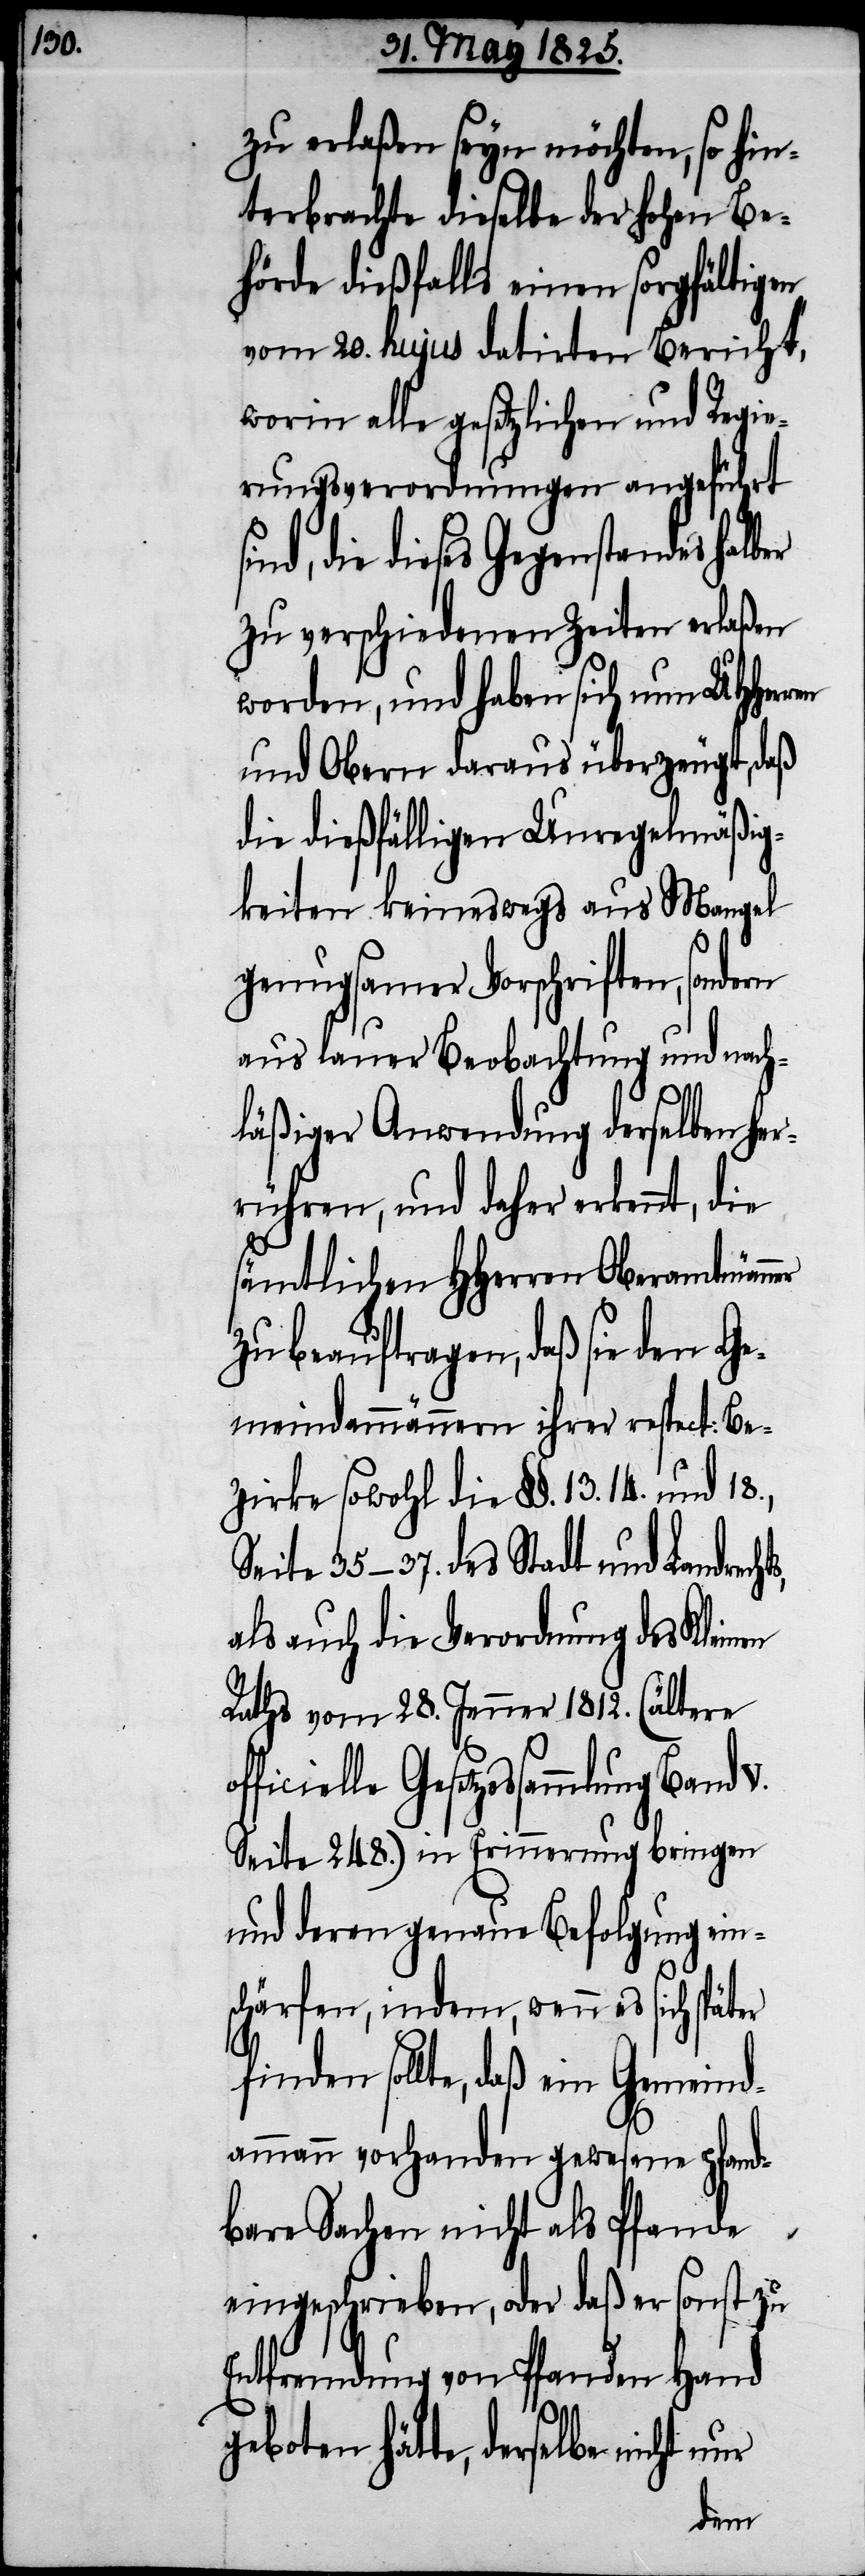
zu erlaßen seyn möchten, so hin¬
terbrachte dieselbe der hohen Be¬
hörde dießfalls einen sorgfältigen
vom 20. hujus datirten Bericht,
worin alle gesetzlichen und Regie¬
rungsverordnungen angeführt
die dieses Gegenstandes halber
zu verschiedenen Zeiten erlaßen
worden, und haben sich nun UHHerr¬
und Obern daraus überzeugt, daß
die dießfälligen Unregelmäßig¬
keiten keineswegs aus Mangel
genugsamer Vorschriften, sondern
aus lauer Beobachtung und nach¬
läßiger Anwendung derselben her¬
rühren, und daher erkennt, die
sämtlichen HHerrn Oberamtmänner
zu beauftragen, daß sie den Ge¬
meindammännern ihrer respect: Be¬
zirke sowohl die §§. 13. 14. und 18.,
Seite 35–37. des Stadt und Landrech¬
als auch die Verordnung des Kleinen
Raths vom 28. Jenner 1823. (ältere
Gesetzessammlung Band
Seite 248.) in Erinnerung bringen
und deren genaue Befolgung ein¬
schärfen, indem, wenn es sich später
finden sollte, daß ein Gemeind¬
ammann vorhanden gewesene pfand¬
bare Sachen nicht als Pfande
eingeschrieben, oder daß er sonst zu
Entfremdung von Pfanden Hand
geboten hätte, derselbe nicht nur
ts,